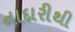
નાદારીથી